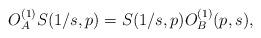
LaTeX: \begin{align*}O_A^{(1)}S(1/s,p)=S(1/s,p)O_B^{(1)}(p,s),\end{align*}